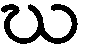
ဃ